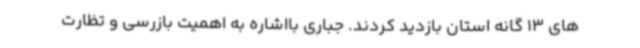
های 13 گانه استان بازدید کردند. جباری بااشاره به اهمیت بازرسی و تظارت